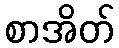
စာအိတ်